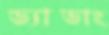
ড্যাডাং